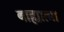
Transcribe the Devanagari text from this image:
बाह्यात्मा